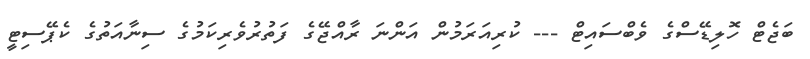
ބަޖެޓް ހޮލިޑޭސްގެ ވެބްސައިޓް --- ކުރިއަރަމުން އަންނަ ރާއްޖޭގެ ފަތުރުވެރިކަމުގެ ސިނާއަތުގެ ކެޕޭސިޓީ